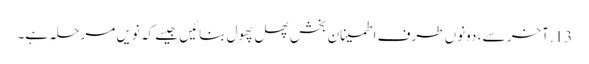
13. آخر سے ، دونوں طرف اطمینان بخش پھل پھول بنائیں جیسے کہ نویں مرحلہ ہے۔